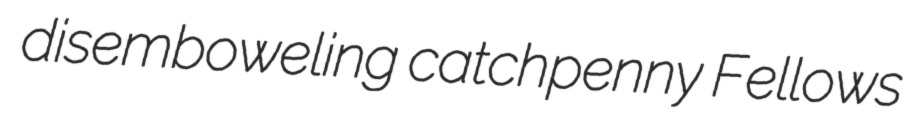
disemboweling catchpenny Fellows